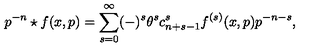
p ^ { - n } \star f ( x , p ) = \sum _ { s = 0 } ^ { \infty } ( - ) ^ { s } \theta ^ { s } c _ { n + s - 1 } ^ { s } f ^ { ( s ) } ( x , p ) p ^ { - n - s } ,